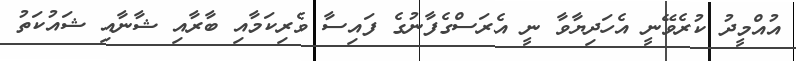
އުއްމީދު ކުރެވޭނީ އެހަދިޔާވާ ނީ އެރަސްގެފާނުގެ ފައިސާ ވެރިކަމާއި ބާރާއި ޝާނާއި ޝައުކަތު